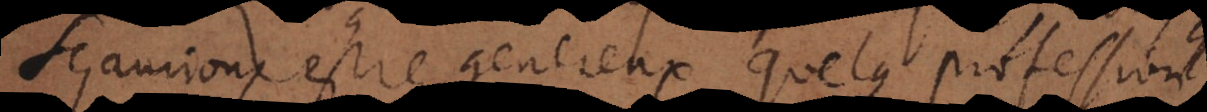
sçaurions estre genereux, quelque profession